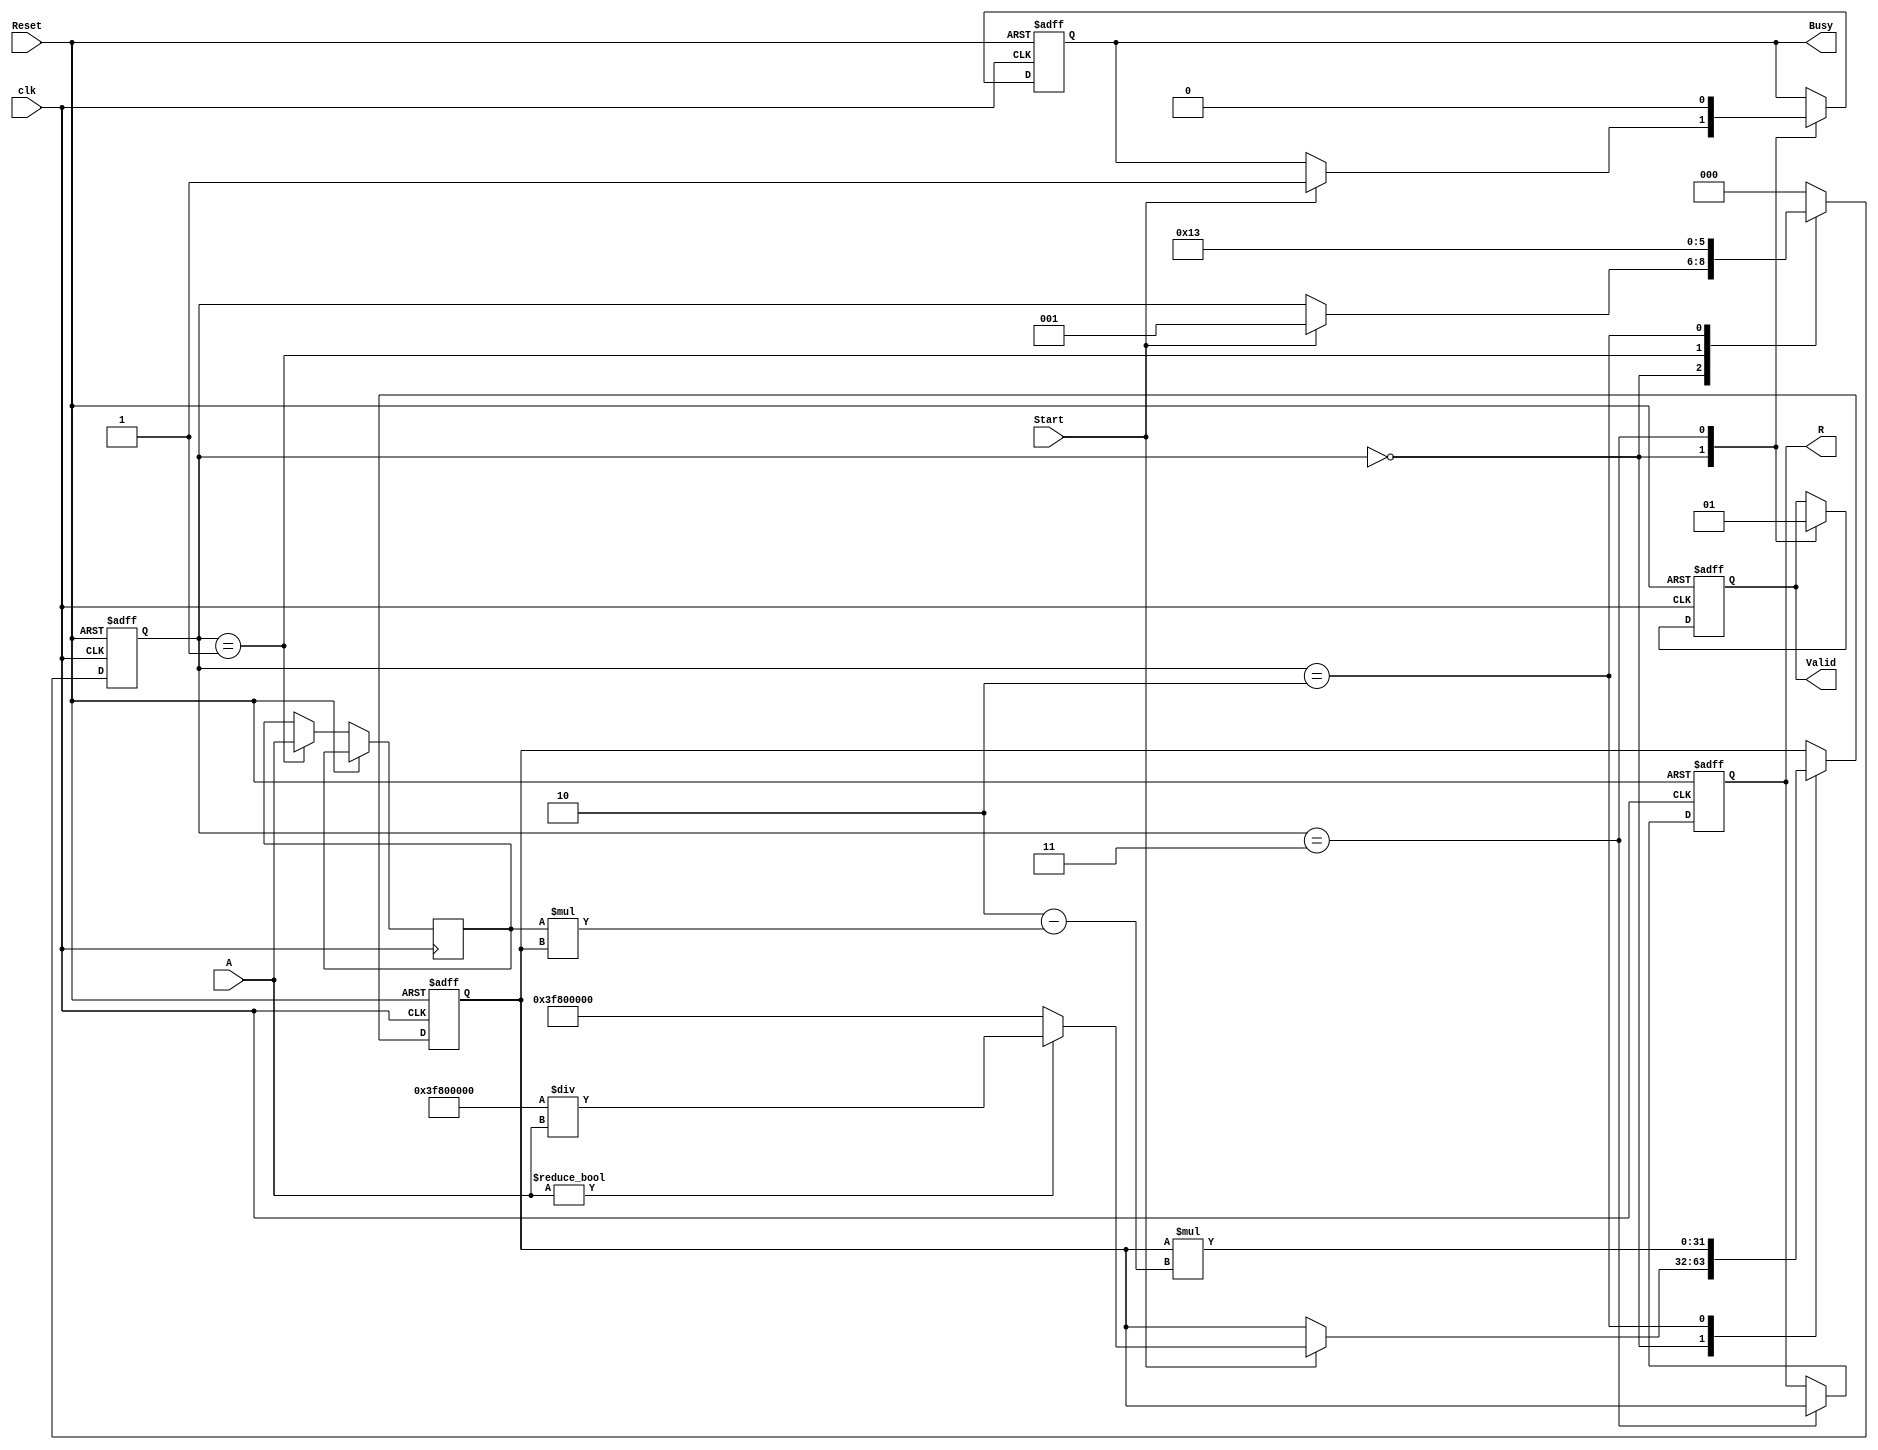
module ReciprocalUnit (
    input  wire [31:0] A,       // Input data (32-bit)
    input  wire Start,          // Start signal
    input  wire Reset,          // Reset signal
    input  wire clk,            // Clock signal
    output reg  [31:0] R,       // Output data (reciprocal)
    output reg  Valid,          // Output valid signal
    output reg  Busy            // Busy signal
);

    // State encoding
    reg [2:0] state;
    localparam IDLE      = 3'b000,
               INIT      = 3'b001,
               ITERATE   = 3'b010,
               OUTPUT     = 3'b011;

    // Iteration parameters
    reg [31:0] approx; // Current approximation
    reg [31:0] A_inv;  // Inverse of A
    integer i;

    // Initial approximation for 1/A using a simple fixed-point method
    function [31:0] initial_approx(input [31:0] value);
        begin
            // Simple approximation: 1.0 / value (fixed-point representation)
            initial_approx = 32'h3F800000; // Default to 1.0 (for values > 1)
            if (value != 0) begin
                initial_approx = 32'h3F800000 / value; // 1.0 / value
            end
        end
    endfunction

    // State machine for control
    always @(posedge clk or posedge Reset) begin
        if (Reset) begin
            state <= IDLE;
            R <= 32'b0;
            Valid <= 1'b0;
            Busy <= 1'b0;
            approx <= 32'b0;
        end else begin
            case (state)
                IDLE: begin
                    Valid <= 1'b0;
                    if (Start) begin
                        Busy <= 1'b1;
                        approx <= initial_approx(A);
                        state <= INIT;
                    end
                end

                INIT: begin
                    // Initialize variables for iteration
                    A_inv <= A;
                    state <= ITERATE;
                end

                ITERATE: begin
                    // Perform Newton-Raphson iterations
                    for (i = 0; i < 5; i = i + 1) begin
                        approx <= approx * (2'b10 - (A_inv * approx)); // approx = approx * (2 - A * approx)
                    end
                    state <= OUTPUT;
                end

                OUTPUT: begin
                    R <= approx;  // Store the result
                    Valid <= 1'b1; // Output is valid
                    Busy <= 1'b0;  // Not busy anymore
                    state <= IDLE; // Go back to IDLE
                end

                default: state <= IDLE;
            endcase
        end
    end

endmodule